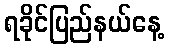
ရခိုင်ပြည်နယ်နေ့